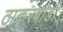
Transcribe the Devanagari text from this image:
ठाकुरबाडी